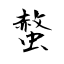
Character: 螫